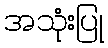
အသုံးပြု